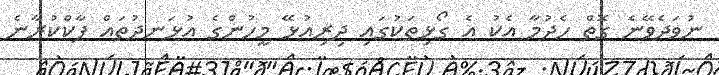
ނުވަދެވޭނެ ގޮތް ހެދުމާ އެކު އެ ގޯޅިތަކުގައި ދިރިއުޅޭ މީހުންގެ އުޅަނދުތައް ޕާކްކުރާނެ